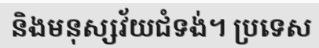
និងមនុស្សវ័យជំទង់។ ប្រទេស